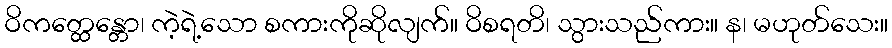
ဝိကတ္ထေန္တော၊ ကဲ့ရဲ့သော စကားကိုဆိုလျက်။ ဝိစရတိ၊ သွားသည်ကား။ န၊ မဟုတ်သေး။